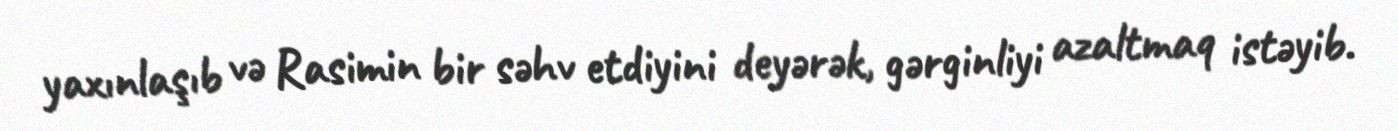
yaxınlaşıb və Rasimin bir səhv etdiyini deyərək, gərginliyi azaltmaq istəyib.